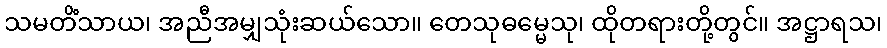
သမတိံသာယ၊ အညီအမျှသုံးဆယ်သော။ တေသုဓမ္မေသု၊ ထိုတရားတို့တွင်။ အဋ္ဌာရသ၊